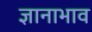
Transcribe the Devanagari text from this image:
ज्ञानाभाव